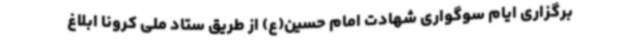
برگزاری ایام سوگواری شهادت امام حسین(ع) از طریق ستاد ملی کرونا ابلاغ